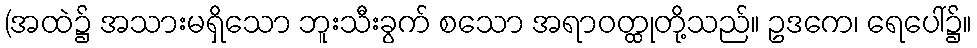
(အထဲ၌ အသားမရှိသော ဘူးသီးခွက် စသော အရာဝတ္ထုတို့သည်။ ဥဒကေ၊ ရေပေါ်၌။